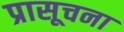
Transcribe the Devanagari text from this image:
प्रासूचना